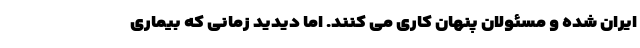
ایران شده و مسئولان پنهان کاری می کنند. اما دیدید زمانی که بیماری